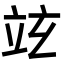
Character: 𥩚